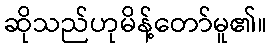
ဆိုသည်ဟုမိန့်တော်မူ၏။